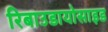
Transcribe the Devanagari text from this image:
रिबाउडायोसाइड